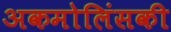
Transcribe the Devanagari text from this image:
अकमोलिंसकी